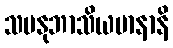
သမနုဘာသိယမာနာနိ